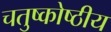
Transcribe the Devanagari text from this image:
चतुष्कोष्ठीय